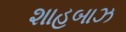
શાહબાઝ